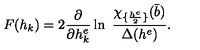
F ( h _ { k } ) = 2 { \frac { \partial } { \partial h _ { k } ^ { e } } } \ln \ { \frac { \chi _ { \{ { \frac { h ^ { e } } { 2 } } \} } ( { \bar { b } } ) } { \Delta ( h ^ { e } ) } } .